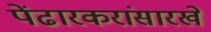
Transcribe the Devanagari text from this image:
पेंढारकरांसारखे